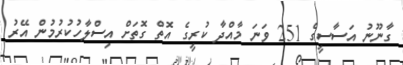
ގާނޫނު އަސާސީގެ 251 ވަނަ މާއްދާ ކުރީގެ އޮތް ގޮތަށް އިސްލާހުކުރުމުން އޭރު